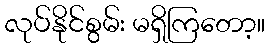
လုပ်နိုင်စွမ်း မရှိကြတော့။